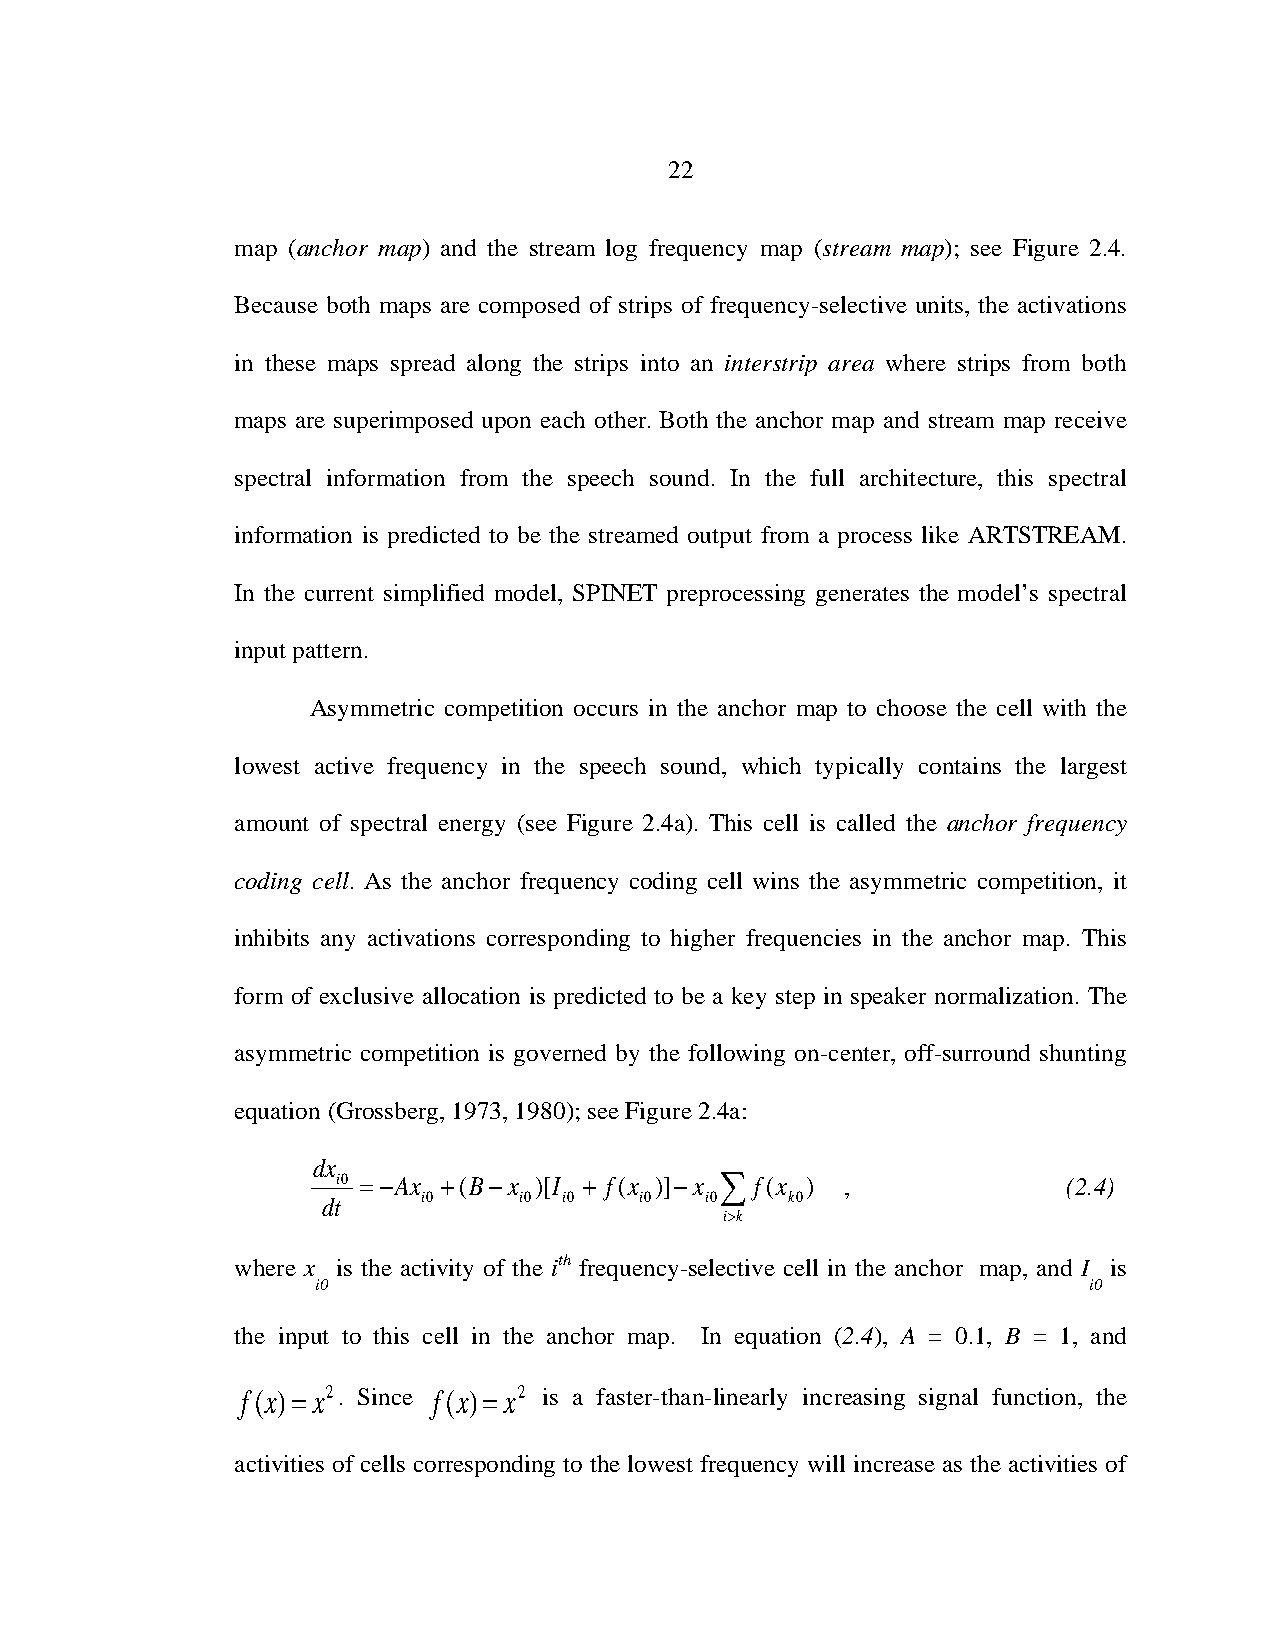
22
 map (anchor map) and the stream log frequency map (stream map); see Figure 2.4.
 Because both maps are composed of strips of frequency-selective units, the activations
 in these maps spread along the strips into an interstrip area where strips from both
 maps are superimposed upon each other. Both the anchor map and stream map receive
 spectral information from the speech sound. In the full architecture, this spectral
 information is predicted to be the streamed output from a process like ARTSTREAM.
 In the current simplified model, SPINET preprocessing generates the model’s spectral
 input pattern.
 Asymmetric competition occurs in the anchor map to choose the cell with the
 lowest active frequency in the speech sound, which typically contains the largest
 amount of spectral energy (see Figure 2.4a). This cell is called the anchor frequency
 coding cell. As the anchor frequency coding cell wins the asymmetric competition, it
 inhibits any activations corresponding to higher frequencies in the anchor map. This
 form of exclusive allocation is predicted to be a key step in speaker normalization. The
 asymmetric competition is governed by the following on-center, off-surround shunting
 equation (Grossberg, 1973, 1980); see Figure 2.4a:
 dx
 i0 = −Ax +(B−x )[I + f(x )]−x ∑ f(x ) ,          (2.4)
 dt     i0    i0 i0   i0   i0   k0
 i>k
 where x is the activity of the ith frequency-selective cell in the anchor map, and I is
 i0                                                 i0
 the input to this cell in the anchor map. In equation (2.4), A = 0.1, B = 1, and
 f(x)= x2. Since f(x)= x2 is a faster-than-linearly increasing signal function, the
 activities of cells corresponding to the lowest frequency will increase as the activities of